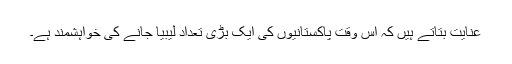
عنایت بتاتے ہیں کہ اس وقت پاکستانیوں کی ایک بڑی تعداد لیبیا جانے کی خواہشمند ہے۔